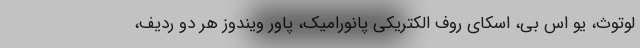
لوتوث، یو اس بی، اسکای روف الکتریکی پانورامیک، پاور ویندوز هر دو ردیف،